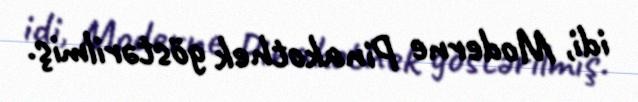
idi, Moderne Pinakothek göstərilmiş.